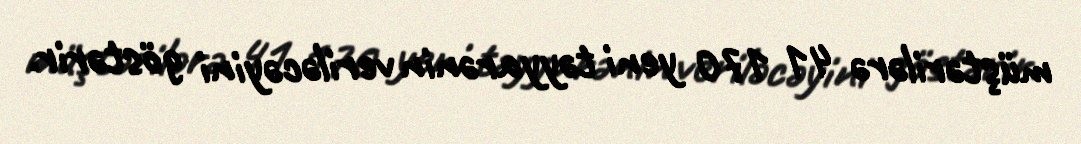
müştərilərə 41 170 yeni təyyarənin veriləcəyini göstərir.